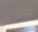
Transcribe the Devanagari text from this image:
थेंस